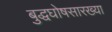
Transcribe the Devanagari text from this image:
बुद्धघोषसारख्या